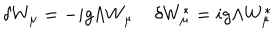
\delta W _ { \mu } = - i g \Lambda W _ { \mu } \; \delta W _ { \mu } ^ { \ast } = i g \Lambda W _ { \mu } ^ { \ast }